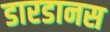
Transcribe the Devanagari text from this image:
डारडानस